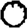
Digit: 0